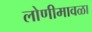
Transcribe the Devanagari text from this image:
लोणीमावळा